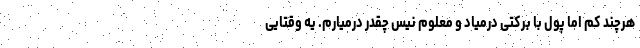
هرچند کم اما پول با برکتی درمیاد و معلوم نیس چقدر درمیارم. یه وقتایی